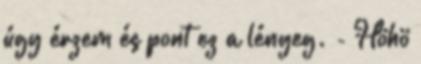
úgy érzem és pont ez a lényeg. - Höhö